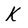
Character: K